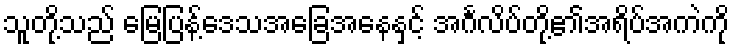
သူတို့သည် မြေပြန့်ဒေသအခြေအနေနှင့် အင်္ဂလိပ်တို့၏အရိပ်အကဲကို